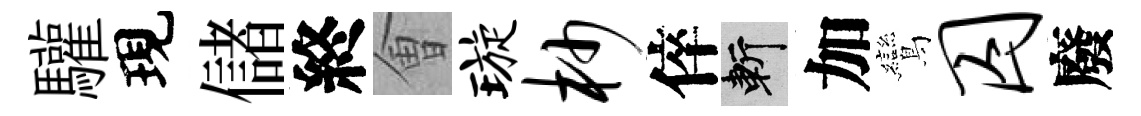
驩現儲終㑹璇杪倅斬加鸞囚廢